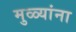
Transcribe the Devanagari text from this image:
मुळ्यांना